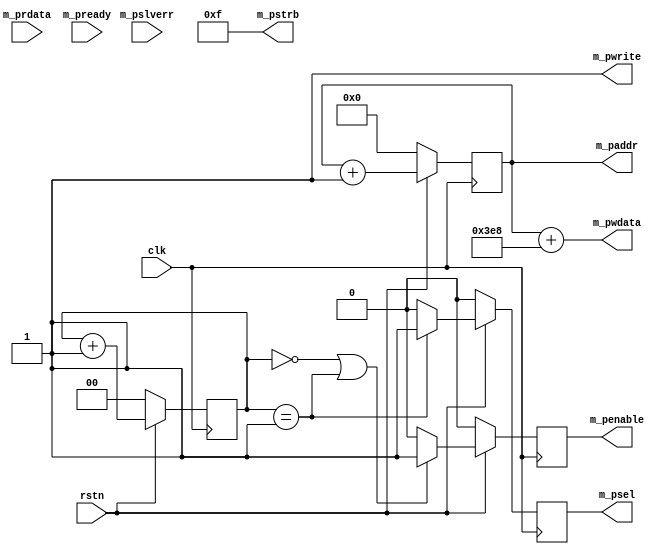
module apb_master #(
    parameter ADDR_WIDTH = 32,
    parameter DATA_WIDTH = 32,

    parameter WSTRB_WIDTH = (DATA_WIDTH-1)/8+1 // 4 bits for 32 data
    
    ) (
    input clk,
    input rstn,

    output reg m_penable,
    output  m_pwrite,
    output reg m_psel,
    output reg [ADDR_WIDTH-1:0] m_paddr,
    output  [DATA_WIDTH-1:0] m_pwdata,
    output  [WSTRB_WIDTH-1:0] m_pstrb,
    input wire [DATA_WIDTH-1:0] m_prdata,
    input wire                  m_pready,
    input wire                  m_pslverr
    );


    reg req_reg;

    reg [31:0] counter;

    assign m_pwdata = m_paddr + 1000;
    assign m_pstrb = 4'hf;
    assign m_pwrite = 1'b1;

    always @(posedge clk) begin
        if(!rstn) begin 
            m_paddr <= 0;
        end else begin
            m_paddr <= m_paddr + 1;
        end
    end

    
    always @(posedge clk) begin
        if(!rstn) begin 
            req_reg <= 1'b0;
        end else begin
            req_reg <= 1'b1;
        end
    end

    reg [1:0] cnt;

    always @(posedge clk) begin
        if(!rstn) begin 
            m_psel <= 1'b0;
            m_penable <= 1'b0;
            cnt <= 2'b00;
        end else begin
            cnt <= cnt+1;

            if(cnt == 0 || cnt == 1) begin
                m_penable <= 1'b1;
            end else begin
                m_penable <= 1'b0;
            end

            if(cnt == 1) begin
                m_psel <= 1'b1;
            end  else begin
                m_psel <= 1'b0;
            end
            
        end
    end

endmodule